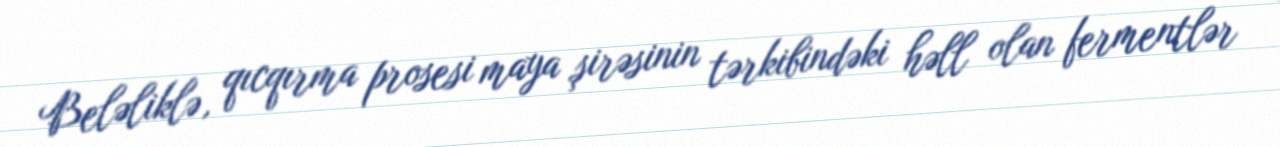
Beləliklə, qıcqırma prosesi maya şirəsinin tərkibindəki həll olan fermentlər